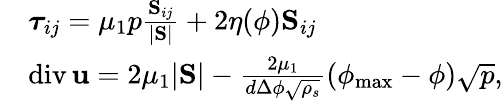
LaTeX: \begin{array}{rl}&{\boldsymbol{\tau}_{ij}=\mu_{1}p\frac{\mathrm{\mathbf S}_{ij}}{|\mathrm{\mathbf S}|}+2\eta(\phi)\mathrm{\mathbf S}_{ij}}\\ &{\mathrm{div}\, {\mathbf u}=2\mu_{1}|\mathrm{\mathbf S}|-\frac{2\mu_{1}}{d\Delta\phi\sqrt{\rho_{s}}}(\phi_{\mathrm{max}}-\phi)\sqrt{p},}\end{array}